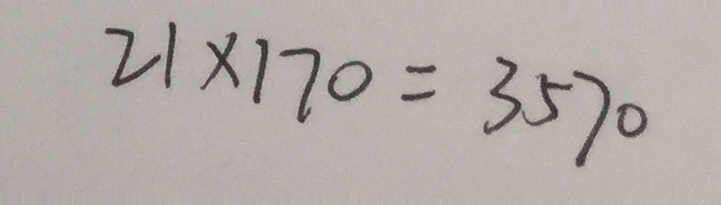
2 1 \times 1 7 0 = 3 5 7 0